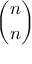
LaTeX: \binom { n } { n }